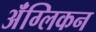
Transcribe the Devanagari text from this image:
ॲंग्लिकन